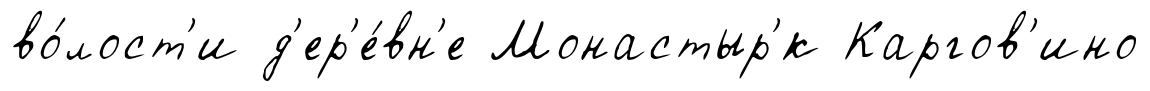
во́лост'и д'ер'е́вн'е Монастыр'́к Каргов'ино